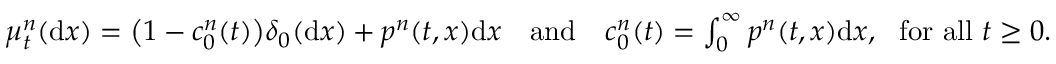
\begin{array} { r l r } { \mu _ { t } ^ { n } ( \mathrm { d } x ) = \big ( 1 - c _ { 0 } ^ { n } ( t ) \big ) \delta _ { 0 } ( \mathrm { d } x ) + p ^ { n } ( t , x ) \mathrm { d } x } & { \mathrm { a n d } } & { c _ { 0 } ^ { n } ( t ) = \int _ { 0 } ^ { \infty } p ^ { n } ( t , x ) \mathrm { d } x , ~ ~ \mathrm { f o r ~ a l l ~ } t \ge 0 . } \end{array}